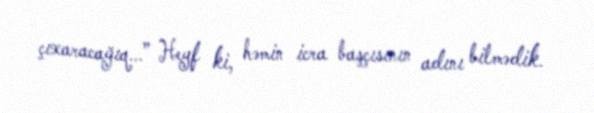
çıxaracağıq...” Heyf ki, həmin icra başçısının adını bilmədik.